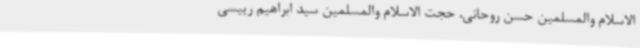
الاسلام والمسلمین حسن روحانی، حجت الاسلام والمسلمین سید ابراهیم رییسی